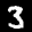
Label: 3